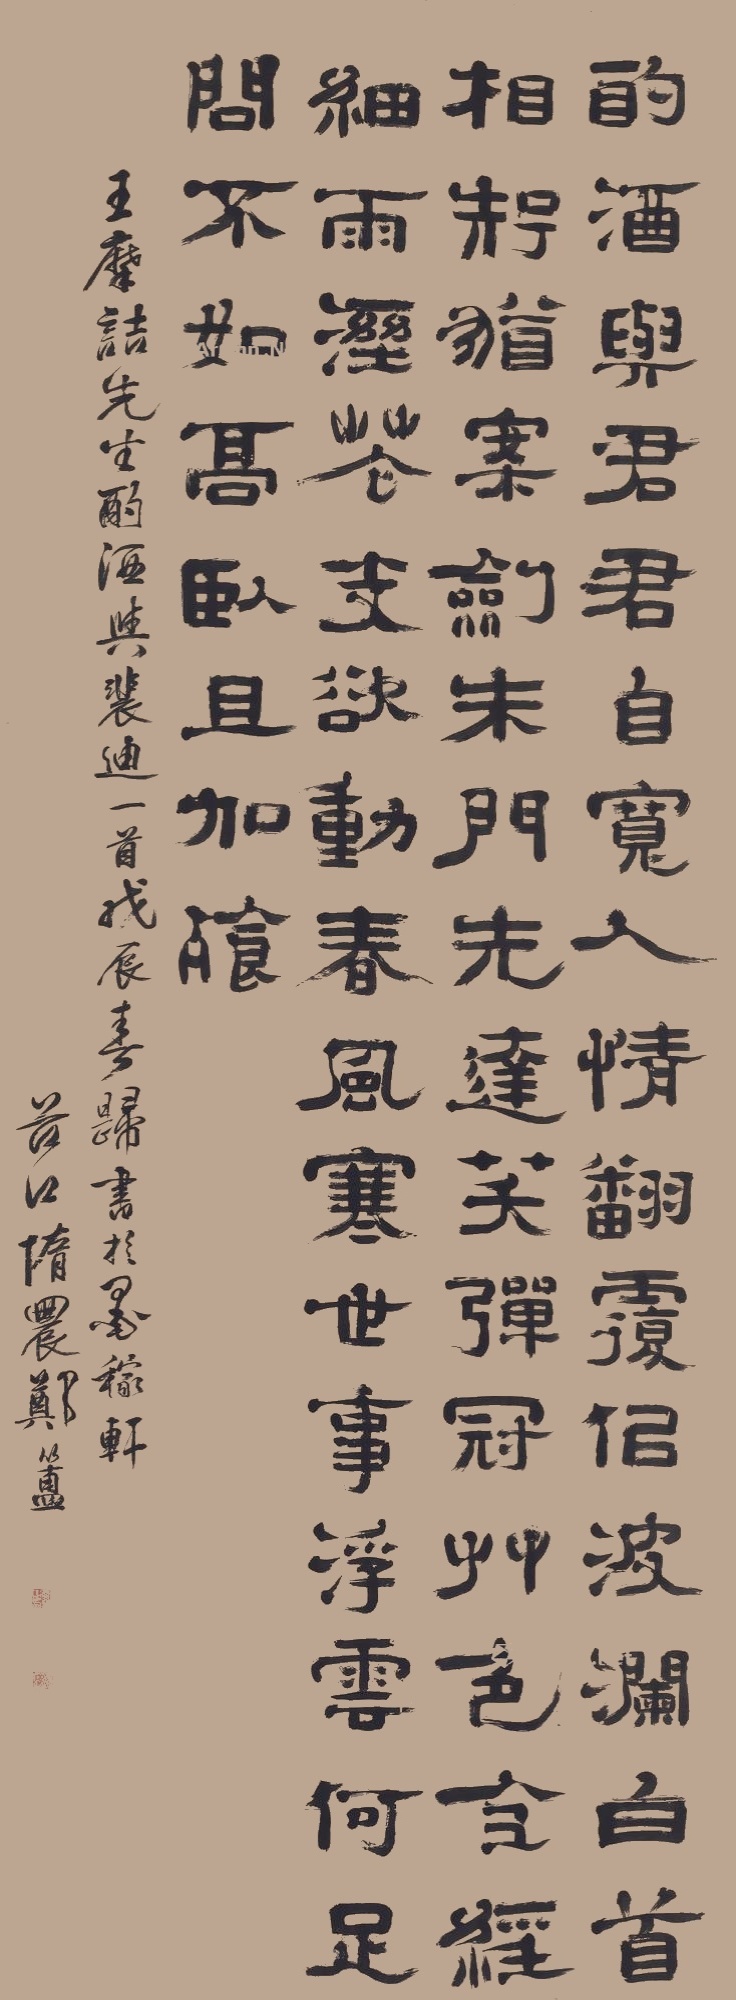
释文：酌酒与君君自宽，人情翻覆似波澜。白首相知犹按剑，朱门先达笑弹冠。草色全经细雨湿，花支欲动春风寒。世事浮云何足问，不如高卧且加餐。王摩诘先生酌酒与裴迪一首，戊辰春归，书于墨稼轩。谷口惰农郑簠。